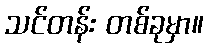
သင်တန်း တစ်ခုမှာ။